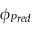
\phi _ { P r e d }